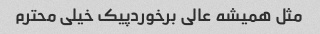
مثل همیشه عالی برخوردپیک خیلی محترم